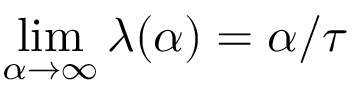
\operatorname* { l i m } _ { \alpha \to \infty } \lambda ( \alpha ) = \alpha / \tau